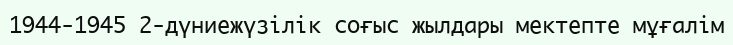
1944-1945 2-дүниежүзілік соғыс жылдары мектепте мұғалім